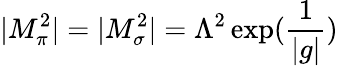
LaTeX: |M_{\pi}^{2}|=|M_{\sigma}^{2}|=\Lambda^{2}\exp(\frac{1}{|g|})